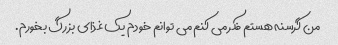
من گرسنه هستم فکر می کنم می توانم خودم یک غذای بزرگ بخورم.